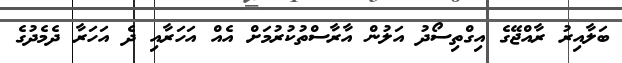
ބަލާއިރު ރާއްޖޭގެ އިގްތިސޯދު އަލުން އާރާސްތުކުރުމަށް އެއް އަހަރާއި ދެ އަހަރާ ދެމެދުގެ